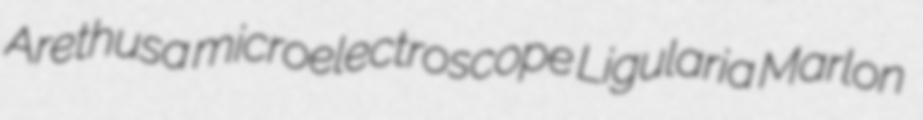
Arethusa microelectroscope Ligularia Marlon